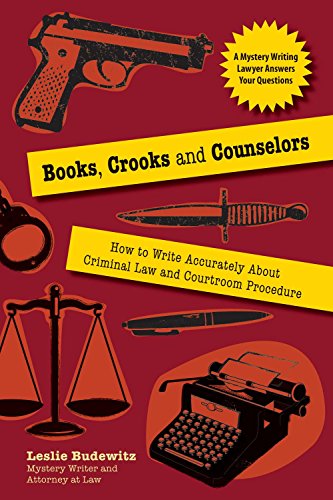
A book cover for Books, Crooks, and Counselors: How to Write Accurately About Criminal Law and Courtroom Procedure; Leslie Budewitz; Law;